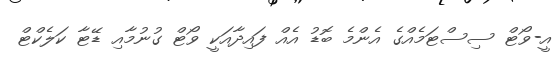
އީ-ވޯޓް ސިސްޓަމެއްގެ އެންމެ ބޮޑު އެއް ފައިދާއަކީ ވޯޓް ގުނުމާއި ޑޭޓާ ކަލެކްޓް